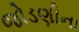
જોડણીના